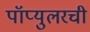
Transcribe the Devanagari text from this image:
पॉप्युलरची